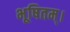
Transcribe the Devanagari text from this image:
भूषितम्।